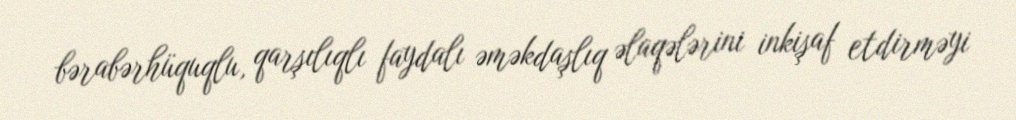
bərabərhüquqlu, qarşılıqlı faydalı əməkdaşlıq əlaqələrini inkişaf etdirməyi